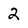
Character: 2